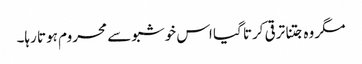
مگر وہ جتنا ترقی کرتا گیا اس خوشبو سے محروم ہوتا رہا۔